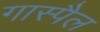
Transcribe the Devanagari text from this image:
गास्पैल